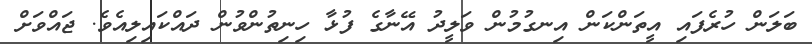
ބަލަން ހުރެފައި އީތަންކަން އިނގުމުން ވަލީދު އޭނާގެ ފުޅާ ހިނިތުންވުން ދައްކައިލިއެވެ. ޖައްވަށް